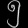
Digit: ၅